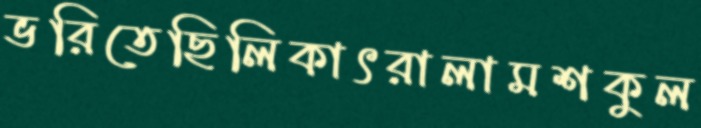
ভরিতেছিলিকাৎরালামশকুল